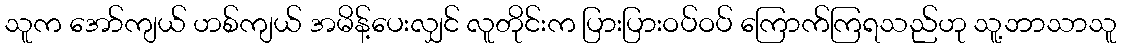
သူက အော်ကျယ် ဟစ်ကျယ် အမိန့်ပေးလျှင် လူတိုင်းက ပြားပြားဝပ်ဝပ် ကြောက်ကြရသည်ဟု သူ့ဘာသာသူ